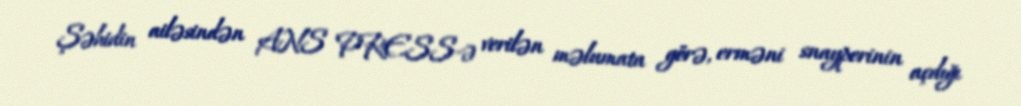
Şəhidin ailəsindən ANS PRESS-ə verilən məlumata görə, erməni snayperinin açdığı